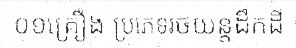
០១គ្រឿង ប្រភេទរថយន្តដឹកដី